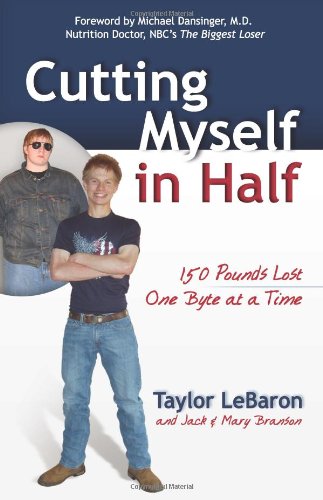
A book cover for Cutting Myself in Half: 150 Pounds Lost, One Byte at a Time; Mary Branson; Teen & Young Adult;